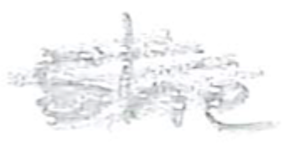
Text: she
Cross-out: scratch
Writing tool: pencil